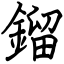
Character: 鎦